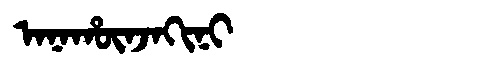
Manchu: ᠠᠨᠠᡥᡡᠨᠵᠠᡴᡳᠨᡳ
Romanization: ANAHŪNJAKINI